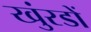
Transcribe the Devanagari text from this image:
खुंरडों